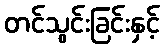
တင်သွင်းခြင်းနှင့်